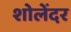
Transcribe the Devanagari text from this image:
शोलेंदर